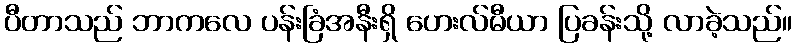
ပီတာသည် ဘာကလေ ပန်းခြံအနီးရှိ ဟေးလ်မီယာ ပြခန်းသို့ လာခဲ့သည်။